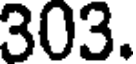
303.